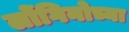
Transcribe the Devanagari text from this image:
लोंगिनोच्या